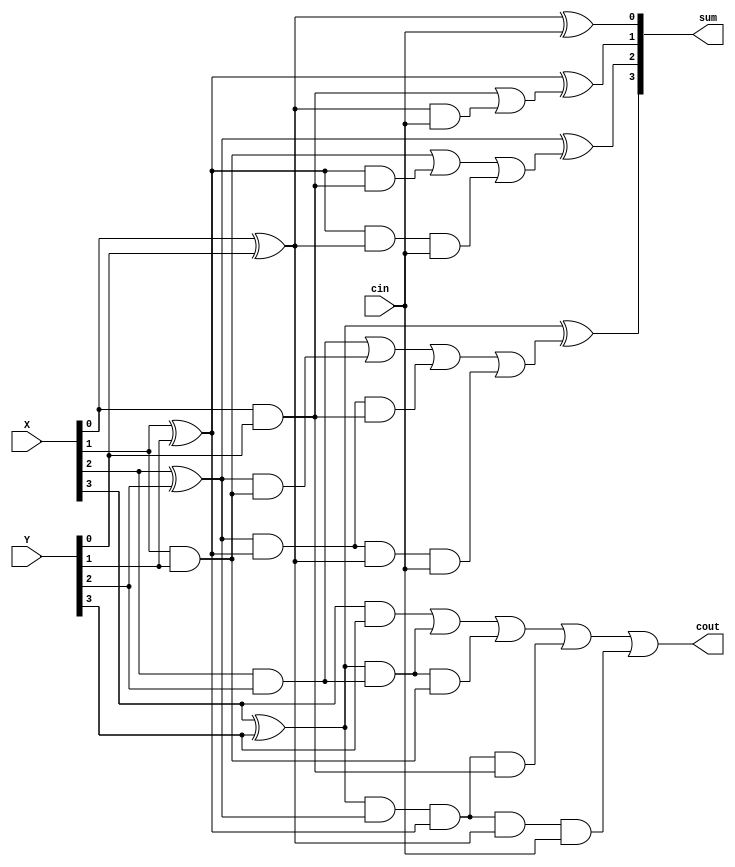
`timescale 1ns / 1ps
//////////////////////////////////////////////////////////////////////////////////
// Company: 
// Engineer: 
// 
// Design Name: 
// Module Name: Adder4_CLA
// Project Name: 
// Target Devices: 
// Tool Versions: 
// Description: 
// 
// Dependencies: 
// 
// Revision:
// Revision 0.01 - File Created
// Additional Comments:
// 
//////////////////////////////////////////////////////////////////////////////////


module Adder4_CLA(sum,cout,X,Y,cin);
input[3:0]X,Y;
input cin;
output [3:0] sum;
output cout;
wire p0,p1,p2,p3,g0,g1,g2,g3,c1,c2,c3;

assign p0 = X[0]^Y[0];
assign p1 = X[1]^Y[1];
assign p2 = X[2]^Y[2];
assign p3 = X[3]^Y[3];

assign g0 = X[0]&Y[0];
assign g1 = X[1]&Y[1];
assign g2 = X[2]&Y[2];
assign g3 = X[3]&Y[3];

assign c1 = g0 |(p0&cin);
assign c2 = g1 | (p1 & g0)|(p1 & p0 & cin);
assign c3 = g2 | (p2&g1)|(p2&p1&g0)|(p2&p1&p0&cin);
assign cout = g3 |(p3&g2)|(p3&g2&g1)|(p3&p2&p1&g0)|(p3&p2&p1&p0&cin);

assign sum[0] = p0^cin;
assign sum[1] = p1^c1;
assign sum[2] = p2^c2;
assign sum[3] = p3^c3;

endmodule